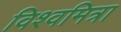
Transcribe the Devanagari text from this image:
विश्‍वमित्रा